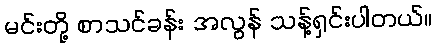
မင်းတို့ စာသင်ခန်း အလွန် သန့်ရှင်းပါတယ်။